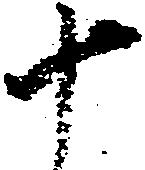
十